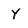
Character: Y